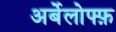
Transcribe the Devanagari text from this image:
अर्बेलोफ्फ़